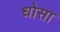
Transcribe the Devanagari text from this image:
धोसा